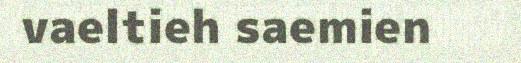
vaeltieh saemien